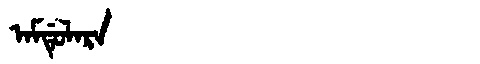
Manchu: ᠠᠮᡩᡠᠯᠠᡵᠠ
Romanization: AMDULARA